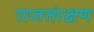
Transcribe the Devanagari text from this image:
राजसंरक्षण